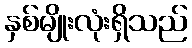
နှစ်မျိုးလုံးရှိသည်